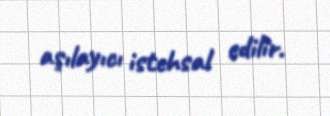
aşılayıcı istehsal edilir.